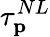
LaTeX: \tau_{\mathbf{p}}^{NL}